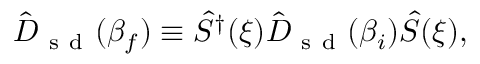
\hat { D } _ { \mathrm { ~ s ~ d ~ } } ( \beta _ { f } ) \equiv \hat { S } ^ { \dagger } ( \xi ) \hat { D } _ { \mathrm { ~ s ~ d ~ } } ( \beta _ { i } ) \hat { S } ( \xi ) ,